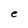
Character: e